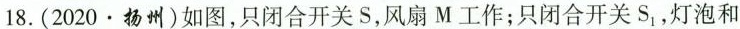
18.（2020·扬州）如图，只闭合开关S，风扇M工作；只闭合开关S_{1}，灯泡和